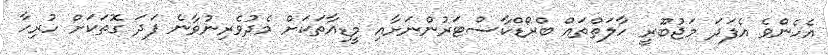
އެހެންވެ އެފަދަ މަޖުބޫރީ ހާލަތްތައް ބްރޯޑްކާސްޓަރުންނަށާއި މީޑިއާތަކަށް މެދުވެރިނުވާނެ ފަދަ ގޮތަކަށް ހުރިހާ